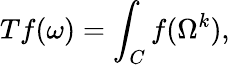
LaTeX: Tf(\omega)=\int_{C}f(\Omega^{k}),